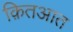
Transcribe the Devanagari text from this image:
क़ितआत